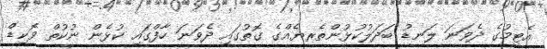
އެޓީމުގެ ދެވަނަ ލަނޑު ބަދަލުކުޅުންތެރޔެއްގެ ގޮތުގައި ދެވަނަ ހާފްގައި ކުޅެން ނުކުތް ވޮކިޑް